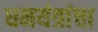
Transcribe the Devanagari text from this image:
धनयंत्रांचा